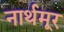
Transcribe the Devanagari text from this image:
नार्थमूर